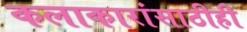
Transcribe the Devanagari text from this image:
कलाकारांसाठीही